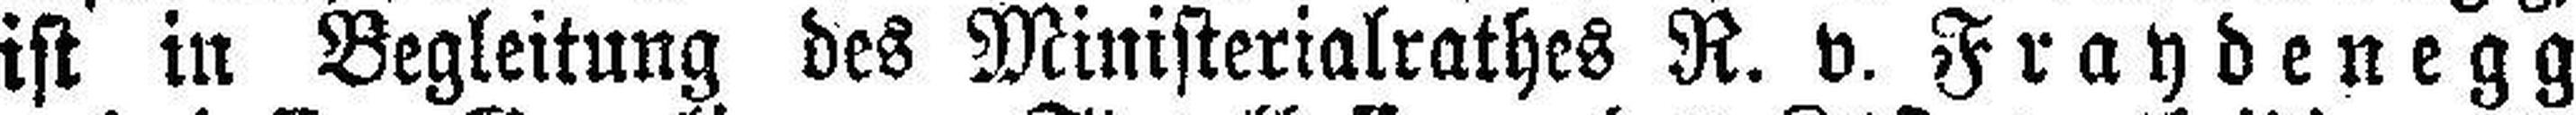
ist in Begleitung des Ministerialrathes R. v. Fraydenegg